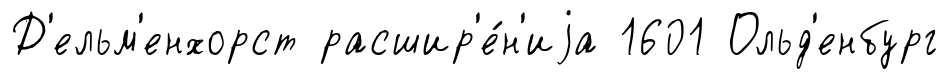
Д'ельм'енхорст расшир'е́н'иjа 1601 Ольд'енбург